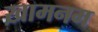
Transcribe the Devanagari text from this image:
ख़ामनम